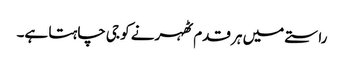
راستے میں ہر قدم ٹھہرنے کو جی چاہتا ہے۔